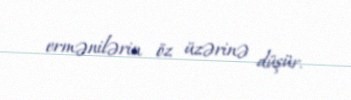
ermənilərin öz üzərinə düşür.